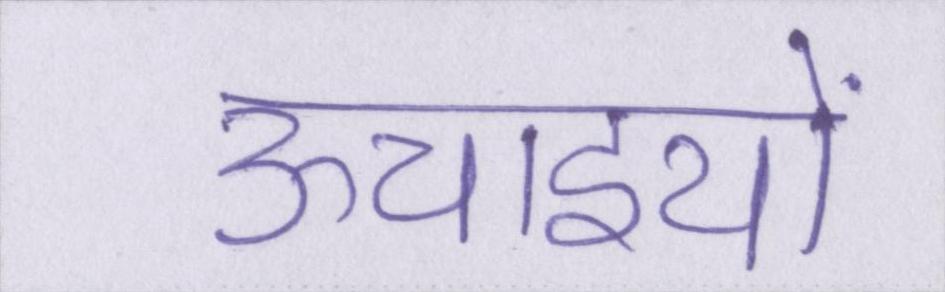
ऊचाइयों